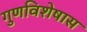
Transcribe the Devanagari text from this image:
गुणविशेषास